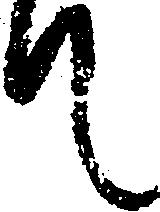
て